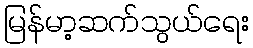
မြန်မာ့ဆက်သွယ်ရေး